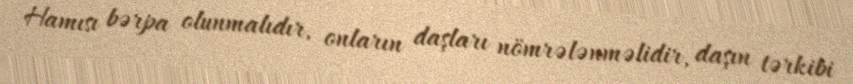
Hamısı bərpa olunmalıdır, onların daşları nömrələnməlidir, daşın tərkibi